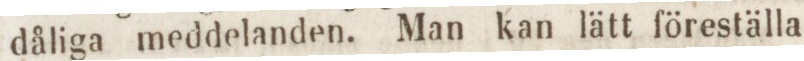
dåliga meddelanden. Man kan lätt föreställa